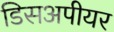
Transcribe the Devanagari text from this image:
डिसअपीयर